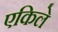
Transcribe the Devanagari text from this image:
एकिले